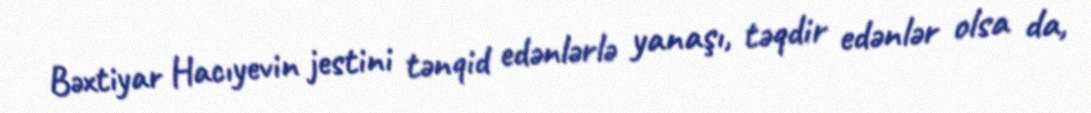
Bəxtiyar Hacıyevin jestini tənqid edənlərlə yanaşı, təqdir edənlər olsa da,